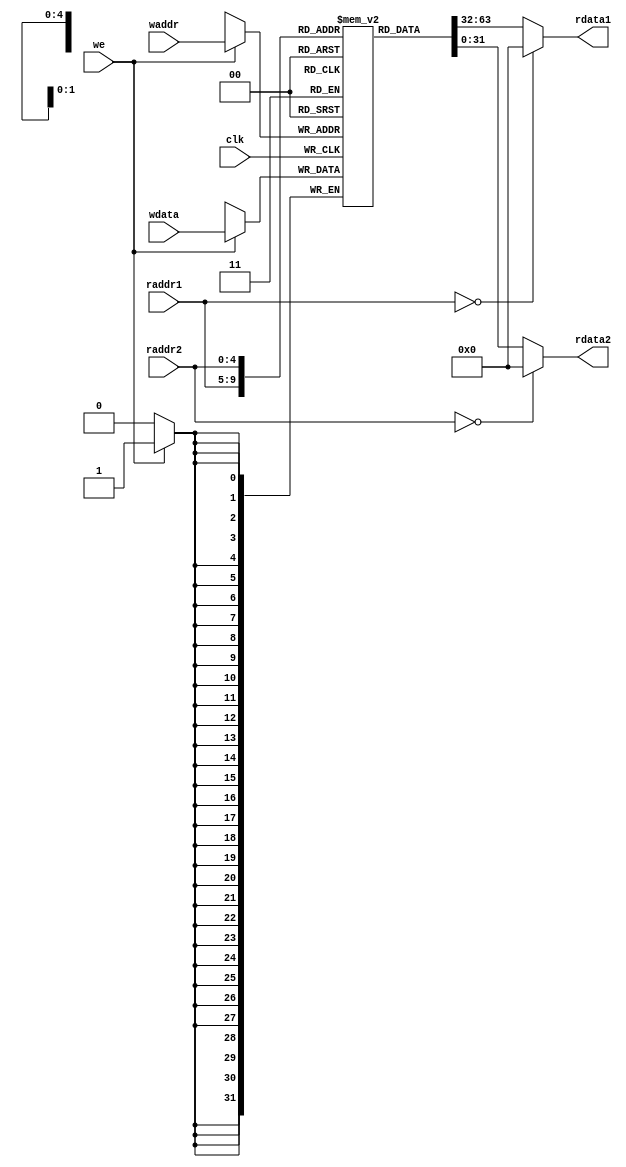
module regfile(
    input         clk,
    // READ PORT 1
    input  [ 4:0] raddr1,
    output [31:0] rdata1,
    // READ PORT 2
    input  [ 4:0] raddr2,
    output [31:0] rdata2,
    // WRITE PORT
    input         we,       //write enable, HIGH valid
    input  [ 4:0] waddr,
    input  [31:0] wdata
);
reg [31:0] rf[31:0];

//WRITE
always @(posedge clk) begin
    if (we) rf[waddr]<= wdata;
end

//READ OUT 1
assign rdata1 = (raddr1==5'b0) ? 32'b0 : rf[raddr1];

//READ OUT 2
assign rdata2 = (raddr2==5'b0) ? 32'b0 : rf[raddr2];

endmodule
module regfile(
    input         clk,
    // READ PORT 1
    input  [ 4:0] raddr1,
    output [31:0] rdata1,
    // READ PORT 2
    input  [ 4:0] raddr2,
    output [31:0] rdata2,
    // WRITE PORT
    input         we,       //write enable, HIGH valid
    input  [ 4:0] waddr,
    input  [31:0] wdata
);

reg  [31:0] rf[31:0];
wire [31:0] waddr_dec, raddr1_dec, raddr2_dec;

//WRITE
decoder_5_32 U0(.in(waddr ), .out(waddr_dec));

always @(posedge clk) begin
    if (we & waddr_dec[ 0]) rf[ 0] <= wdata;
    if (we & waddr_dec[ 1]) rf[ 1] <= wdata;
    if (we & waddr_dec[ 2]) rf[ 2] <= wdata;
    if (we & waddr_dec[ 3]) rf[ 3] <= wdata;
    if (we & waddr_dec[ 4]) rf[ 4] <= wdata;
    if (we & waddr_dec[ 5]) rf[ 5] <= wdata;
    if (we & waddr_dec[ 6]) rf[ 6] <= wdata;
    if (we & waddr_dec[ 7]) rf[ 7] <= wdata;
    if (we & waddr_dec[ 8]) rf[ 8] <= wdata;
    if (we & waddr_dec[ 9]) rf[ 9] <= wdata;
    if (we & waddr_dec[10]) rf[10] <= wdata;
    if (we & waddr_dec[11]) rf[11] <= wdata;
    if (we & waddr_dec[12]) rf[12] <= wdata;
    if (we & waddr_dec[13]) rf[13] <= wdata;
    if (we & waddr_dec[14]) rf[14] <= wdata;
    if (we & waddr_dec[15]) rf[15] <= wdata;
    if (we & waddr_dec[16]) rf[16] <= wdata;
    if (we & waddr_dec[17]) rf[17] <= wdata;
    if (we & waddr_dec[18]) rf[18] <= wdata;
    if (we & waddr_dec[19]) rf[19] <= wdata;
    if (we & waddr_dec[20]) rf[20] <= wdata;
    if (we & waddr_dec[21]) rf[21] <= wdata;
    if (we & waddr_dec[22]) rf[22] <= wdata;
    if (we & waddr_dec[23]) rf[23] <= wdata;
    if (we & waddr_dec[24]) rf[24] <= wdata;
    if (we & waddr_dec[25]) rf[25] <= wdata;
    if (we & waddr_dec[26]) rf[26] <= wdata;
    if (we & waddr_dec[27]) rf[27] <= wdata;
    if (we & waddr_dec[28]) rf[28] <= wdata;
    if (we & waddr_dec[29]) rf[29] <= wdata;
    if (we & waddr_dec[30]) rf[30] <= wdata;
    if (we & waddr_dec[31]) rf[31] <= wdata;
end

//READ OUT 1
decoder_5_32 U1(.in(raddr1), .out(raddr1_dec));

assign rdata1 = ({32{raddr1_dec[ 1]}} & rf[ 1]) //NOTE: we omit No. 0 entry because GR[0] always be zero.
              | ({32{raddr1_dec[ 2]}} & rf[ 2])
              | ({32{raddr1_dec[ 3]}} & rf[ 3])
              | ({32{raddr1_dec[ 4]}} & rf[ 4])
              | ({32{raddr1_dec[ 5]}} & rf[ 5])
              | ({32{raddr1_dec[ 6]}} & rf[ 6])
              | ({32{raddr1_dec[ 7]}} & rf[ 7])
              | ({32{raddr1_dec[ 8]}} & rf[ 8])
              | ({32{raddr1_dec[ 9]}} & rf[ 9])
              | ({32{raddr1_dec[10]}} & rf[10])
              | ({32{raddr1_dec[11]}} & rf[11])
              | ({32{raddr1_dec[12]}} & rf[12])
              | ({32{raddr1_dec[13]}} & rf[13])
              | ({32{raddr1_dec[14]}} & rf[14])
              | ({32{raddr1_dec[15]}} & rf[15])
              | ({32{raddr1_dec[16]}} & rf[16])
              | ({32{raddr1_dec[17]}} & rf[17])
              | ({32{raddr1_dec[18]}} & rf[18])
              | ({32{raddr1_dec[19]}} & rf[19])
              | ({32{raddr1_dec[20]}} & rf[20])
              | ({32{raddr1_dec[21]}} & rf[21])
              | ({32{raddr1_dec[22]}} & rf[22])
              | ({32{raddr1_dec[23]}} & rf[23])
              | ({32{raddr1_dec[24]}} & rf[24])
              | ({32{raddr1_dec[25]}} & rf[25])
              | ({32{raddr1_dec[26]}} & rf[26])
              | ({32{raddr1_dec[27]}} & rf[27])
              | ({32{raddr1_dec[28]}} & rf[28])
              | ({32{raddr1_dec[29]}} & rf[29])
              | ({32{raddr1_dec[30]}} & rf[30])
              | ({32{raddr1_dec[31]}} & rf[31]);

//READ OUT 2
decoder_5_32 U2(.in(raddr2), .out(raddr2_dec));

assign rdata2 = ({32{raddr2_dec[ 1]}} & rf[ 1])
              | ({32{raddr2_dec[ 2]}} & rf[ 2])
              | ({32{raddr2_dec[ 3]}} & rf[ 3])
              | ({32{raddr2_dec[ 4]}} & rf[ 4])
              | ({32{raddr2_dec[ 5]}} & rf[ 5])
              | ({32{raddr2_dec[ 6]}} & rf[ 6])
              | ({32{raddr2_dec[ 7]}} & rf[ 7])
              | ({32{raddr2_dec[ 8]}} & rf[ 8])
              | ({32{raddr2_dec[ 9]}} & rf[ 9])
              | ({32{raddr2_dec[10]}} & rf[10])
              | ({32{raddr2_dec[11]}} & rf[11])
              | ({32{raddr2_dec[12]}} & rf[12])
              | ({32{raddr2_dec[13]}} & rf[13])
              | ({32{raddr2_dec[14]}} & rf[14])
              | ({32{raddr2_dec[15]}} & rf[15])
              | ({32{raddr2_dec[16]}} & rf[16])
              | ({32{raddr2_dec[17]}} & rf[17])
              | ({32{raddr2_dec[18]}} & rf[18])
              | ({32{raddr2_dec[19]}} & rf[19])
              | ({32{raddr2_dec[20]}} & rf[20])
              | ({32{raddr2_dec[21]}} & rf[21])
              | ({32{raddr2_dec[22]}} & rf[22])
              | ({32{raddr2_dec[23]}} & rf[23])
              | ({32{raddr2_dec[24]}} & rf[24])
              | ({32{raddr2_dec[25]}} & rf[25])
              | ({32{raddr2_dec[26]}} & rf[26])
              | ({32{raddr2_dec[27]}} & rf[27])
              | ({32{raddr2_dec[28]}} & rf[28])
              | ({32{raddr2_dec[29]}} & rf[29])
              | ({32{raddr2_dec[30]}} & rf[30])
              | ({32{raddr2_dec[31]}} & rf[31]);

endmodule